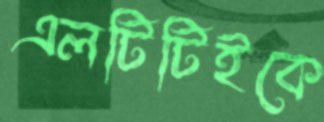
এলটিটিইকে